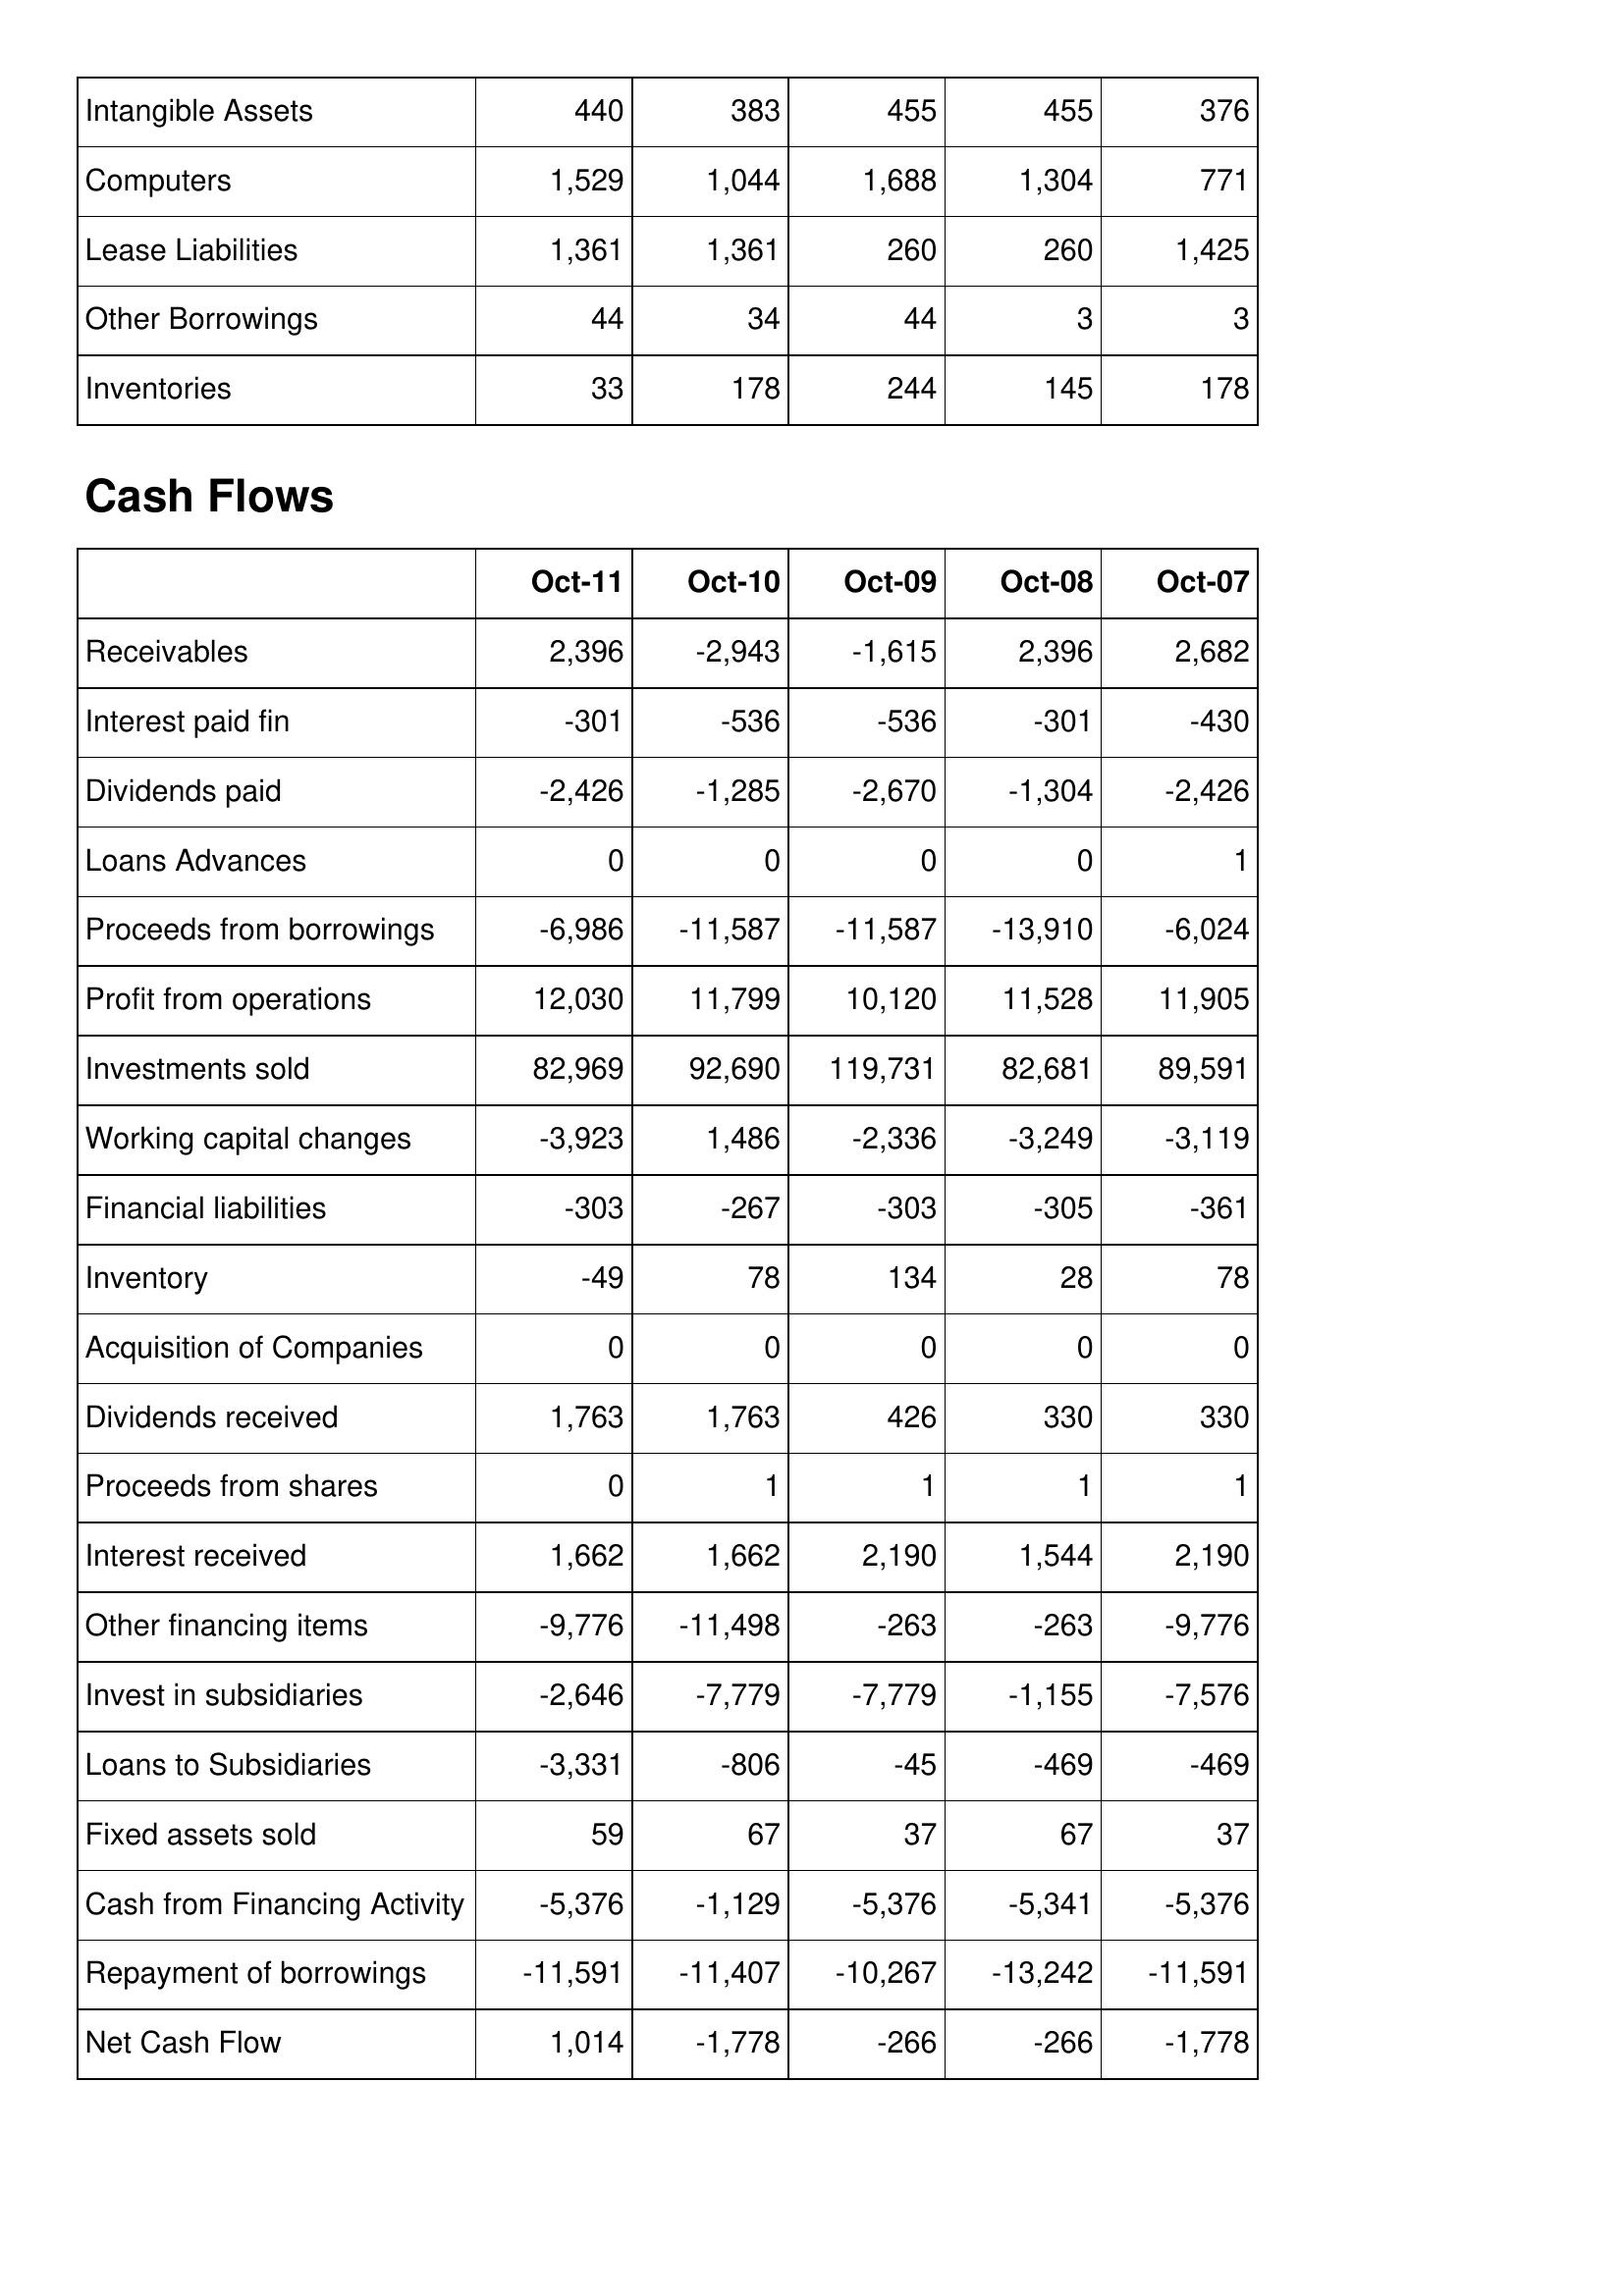
Oct-11: Balance Sheet: Intangible Assets: 440
Computers: 1,529
Lease Liabilities: 1,361
Other Borrowings: 44
Inventories: 33
Cash Flows: Receivables: 2,396
Interest paid fin: -301
Dividends paid: -2,426
Loans Advances: 0
Proceeds from borrowings: -6,986
Profit from operations: 12,030
Investments sold: 82,969
Working capital changes: -3,923
Financial liabilities: -303
Inventory: -49
Acquisition of Companies: 0
Dividends received: 1,763
Proceeds from shares: 0
Interest received: 1,662
Other financing items: -9,776
Invest in subsidiaries: -2,646
Loans to Subsidiaries: -3,331
Fixed assets sold: 59
Cash from Financing Activity: -5,376
Repayment of borrowings: -11,591
Net Cash Flow: 1,014
Oct-10: Balance Sheet: Intangible Assets: 383
Computers: 1,044
Lease Liabilities: 1,361
Other Borrowings: 34
Inventories: 178
Cash Flows: Receivables: -2,943
Interest paid fin: -536
Dividends paid: -1,285
Loans Advances: 0
Proceeds from borrowings: -11,587
Profit from operations: 11,799
Investments sold: 92,690
Working capital changes: 1,486
Financial liabilities: -267
Inventory: 78
Acquisition of Companies: 0
Dividends received: 1,763
Proceeds from shares: 1
Interest received: 1,662
Other financing items: -11,498
Invest in subsidiaries: -7,779
Loans to Subsidiaries: -806
Fixed assets sold: 67
Cash from Financing Activity: -1,129
Repayment of borrowings: -11,407
Net Cash Flow: -1,778
Oct-09: Balance Sheet: Intangible Assets: 455
Computers: 1,688
Lease Liabilities: 260
Other Borrowings: 44
Inventories: 244
Cash Flows: Receivables: -1,615
Interest paid fin: -536
Dividends paid: -2,670
Loans Advances: 0
Proceeds from borrowings: -11,587
Profit from operations: 10,120
Investments sold: 119,731
Working capital changes: -2,336
Financial liabilities: -303
Inventory: 134
Acquisition of Companies: 0
Dividends received: 426
Proceeds from shares: 1
Interest received: 2,190
Other financing items: -263
Invest in subsidiaries: -7,779
Loans to Subsidiaries: -45
Fixed assets sold: 37
Cash from Financing Activity: -5,376
Repayment of borrowings: -10,267
Net Cash Flow: -266
Oct-08: Balance Sheet: Intangible Assets: 455
Computers: 1,304
Lease Liabilities: 260
Other Borrowings: 3
Inventories: 145
Cash Flows: Receivables: 2,396
Interest paid fin: -301
Dividends paid: -1,304
Loans Advances: 0
Proceeds from borrowings: -13,910
Profit from operations: 11,528
Investments sold: 82,681
Working capital changes: -3,249
Financial liabilities: -305
Inventory: 28
Acquisition of Companies: 0
Dividends received: 330
Proceeds from shares: 1
Interest received: 1,544
Other financing items: -263
Invest in subsidiaries: -1,155
Loans to Subsidiaries: -469
Fixed assets sold: 67
Cash from Financing Activity: -5,341
Repayment of borrowings: -13,242
Net Cash Flow: -266
Oct-07: Balance Sheet: Intangible Assets: 376
Computers: 771
Lease Liabilities: 1,425
Other Borrowings: 3
Inventories: 178
Cash Flows: Receivables: 2,682
Interest paid fin: -430
Dividends paid: -2,426
Loans Advances: 1
Proceeds from borrowings: -6,024
Profit from operations: 11,905
Investments sold: 89,591
Working capital changes: -3,119
Financial liabilities: -361
Inventory: 78
Acquisition of Companies: 0
Dividends received: 330
Proceeds from shares: 1
Interest received: 2,190
Other financing items: -9,776
Invest in subsidiaries: -7,576
Loans to Subsidiaries: -469
Fixed assets sold: 37
Cash from Financing Activity: -5,376
Repayment of borrowings: -11,591
Net Cash Flow: -1,778